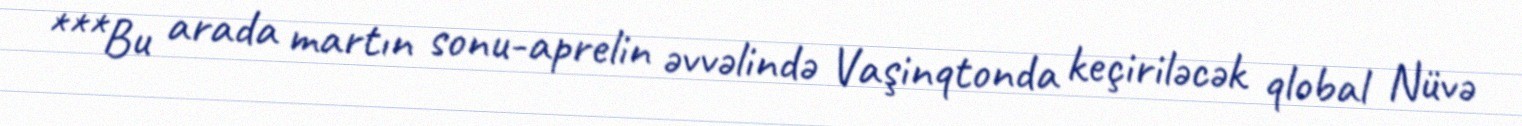
***Bu arada martın sonu-aprelin əvvəlində Vaşinqtonda keçiriləcək qlobal Nüvə